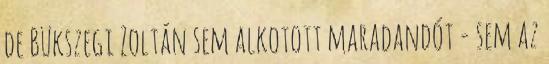
de Bükszegi Zoltán sem alkotott maradandót - sem az